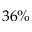
3 6 \%